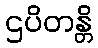
ဌပိတန္တိ